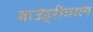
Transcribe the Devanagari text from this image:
बाउंड्रीवाल